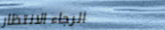
الرجاء الانتظار